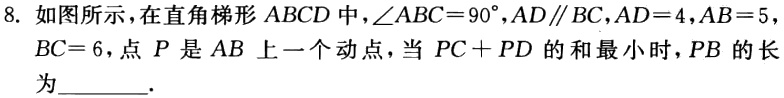
8. 如图所示，在直角梯形 \(ABCD\) 中，\(\angle ABC = 90^{\circ}\)，\(AD\parallel BC\)，\(AD = 4\)，\(AB = 5\)，\(BC = 6\)，点 \(P\) 是 \(AB\) 上一个动点，当 \(PC + PD\) 的和最小时，\(PB\) 的长为_______.